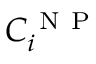
C _ { i } ^ { \mathrm { ~ N ~ P ~ } }